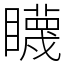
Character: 䁾